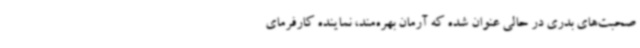
صحبت‌های بدری در حالی عنوان شده که آرمان بهره‌مند، نماینده کارفرمای